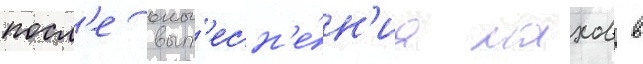
посл'е выт'есн'е́н'иа нахов в